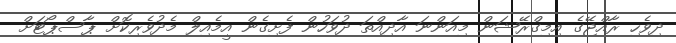
ދިވެހި ރާއްޖޭގެ އިމިގްރޭޝަން މިއަންނަ އާދިއްތަ ދުވަހުން ފެށިގެން އީމެއިލް މެދުވެރިކޮށް ޕާސްޕޯޓަށް